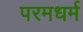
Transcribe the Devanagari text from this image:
परमधर्म